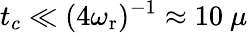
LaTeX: t_{c}\ll(4\omega_{\mathrm{r}})^{-1}\approx 10~\mu